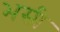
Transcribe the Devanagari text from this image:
भसी